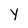
Character: Y